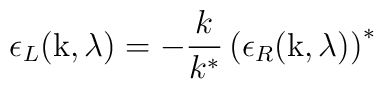
\epsilon_L (\mbox{k}, \lambda) = - \frac{k}{k^*} \left(     \epsilon_R (\mbox{k}, \lambda)\right)^*